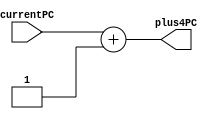
`timescale 1ns / 1ps
module PCadder(currentPC,plus4PC);
input [7:0]currentPC;
output reg [7:0]plus4PC;
reg [7:0]test;


always@(*)
plus4PC=currentPC+4'd1;

endmodule